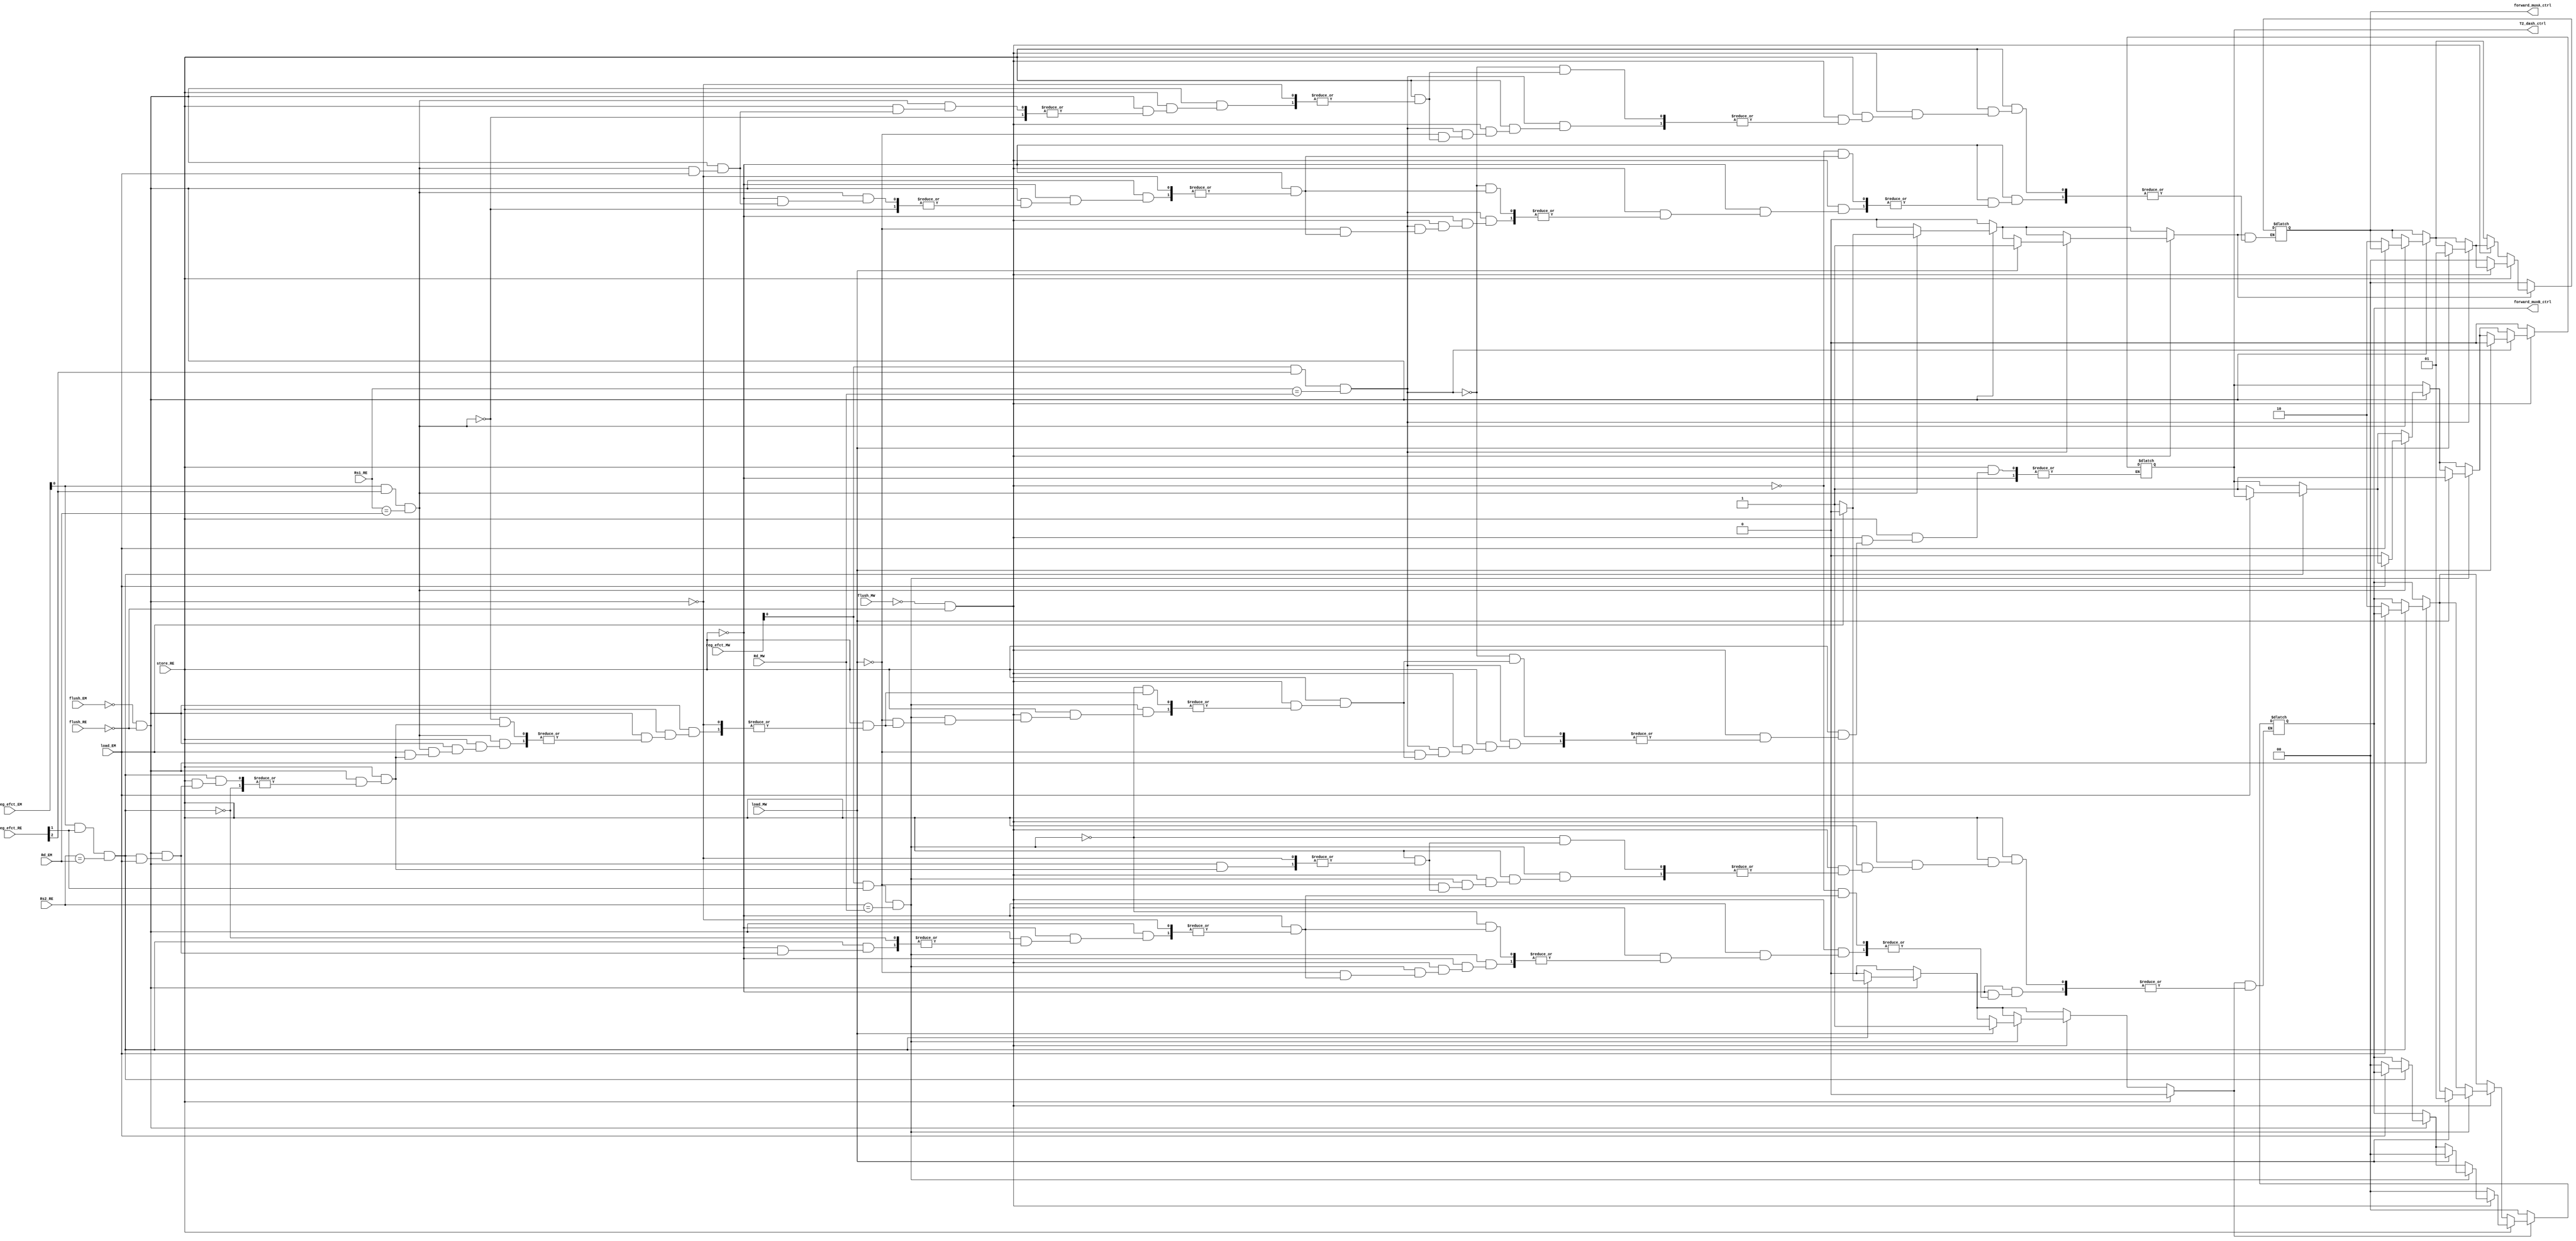
module forwarding_unit (reg_efct_RE, reg_efct_EM,reg_efct_MW, flush_RE, flush_EM,flush_MW,
							load_EM,load_MW,store_RE, Rs1_RE, Rs2_RE, Rd_EM,Rd_MW,
								forward_muxA_ctrl, forward_muxB_ctrl, T2_dash_ctrl);

input wire [2:0] reg_efct_EM, reg_efct_RE,reg_efct_MW;
input wire flush_EM, flush_RE,flush_MW, load_EM,load_MW,store_RE;
input wire [2:0] Rs1_RE, Rs2_RE, Rd_EM,Rd_MW;
output reg [1:0] forward_muxA_ctrl, forward_muxB_ctrl;
output reg T2_dash_ctrl;

reg tempA, tempB;

initial begin
forward_muxA_ctrl=2'b00;
forward_muxB_ctrl=2'b00;
T2_dash_ctrl=0;
tempA = 0;
tempB = 0;
end


always @(*) begin
tempA = 0; tempB = 0;
 if(store_RE==0) begin 
	if(!flush_EM && !flush_RE)
	begin
		if(reg_efct_EM[0]==1 && reg_efct_RE[1]==1 && Rs2_RE==Rd_EM) begin
			if(!load_EM) begin
			forward_muxB_ctrl = 2'b10;
			tempB = 1;
			end
		end
		if(reg_efct_EM[0]==1 && reg_efct_RE[2]==1 && Rs1_RE==Rd_EM) begin
			if(!load_EM) begin
			forward_muxA_ctrl = 2'b10;
			tempA = 1;
			end
		end		
	end
	if(!flush_MW && !flush_RE)
	begin
		if(reg_efct_MW[0]==1 && reg_efct_RE[1]==1 && Rs2_RE==Rd_MW) begin
			if(load_MW) begin
			forward_muxB_ctrl = 2'b01;
			tempB = 1;
			end
		end
		if(reg_efct_MW[0]==1 && reg_efct_RE[2]==1 && Rs1_RE==Rd_MW) begin
			if(load_MW) begin
			forward_muxA_ctrl = 2'b01;
			tempA = 1;
			end
		end		
	end
	
end
else 
begin
	if(!flush_EM && !flush_RE)
	begin
		if(reg_efct_EM[0]==1 && reg_efct_RE[1]==1 && Rs2_RE==Rd_EM) begin
			if(!load_EM) begin
			forward_muxB_ctrl = 2'b00;
			T2_dash_ctrl = 1;
			end
		end
		if(reg_efct_EM[0]==1 && reg_efct_RE[2]==1 && Rs1_RE==Rd_EM) begin
			if(!load_EM) begin
			forward_muxA_ctrl = 2'b10;
			T2_dash_ctrl = 0;
			tempA = 1;
			end
		end		
	end
	if(!flush_MW && !flush_RE)
	begin
		if(reg_efct_MW[0]==1 && reg_efct_RE[1]==1 && Rs2_RE==Rd_MW) begin
			if(load_MW) begin
			forward_muxB_ctrl = 2'b00;
			T2_dash_ctrl = 1;
			end
		end
		if(reg_efct_MW[0]==1 && reg_efct_RE[2]==1 && Rs1_RE==Rd_MW) begin
			if(load_MW) begin
			forward_muxA_ctrl = 2'b01;
			T2_dash_ctrl = 0;
			tempA = 1;
			end
		end		
	end
	else begin
		forward_muxA_ctrl = 2'b00;
		forward_muxB_ctrl = 2'b00;
		T2_dash_ctrl = 0;
	end
end
	if(!tempA) forward_muxA_ctrl = 2'b00;
	if(!tempB) forward_muxB_ctrl = 2'b00;
end
endmodule